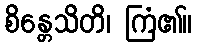
စိန္တေသိတိ၊ ကြံ၏။